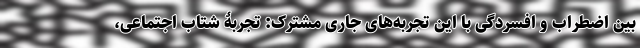
بین اضطراب و افسردگی با این تجربه‌های جاریِ مشترک: تجربۀ شتاب اجتماعی،